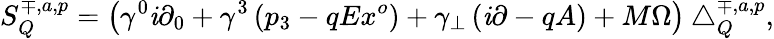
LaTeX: S_{Q}^{\mp,a,p}=\left(\gamma^{0}\mathit{i}\partial_{0}+\gamma^{3}\left(p_{3}-qEx^{o}\right)+\gamma_{\bot}\left(\mathit{i}\partial-qA\right)+M\Omega\right)\bigtriangleup_{Q}^{\mp,a,p},